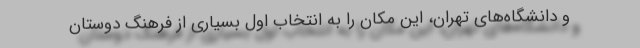
و دانشگاه‌های تهران، این مکان را به انتخاب اول بسیاری از فرهنگ دوستان